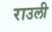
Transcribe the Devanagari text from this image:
राउली